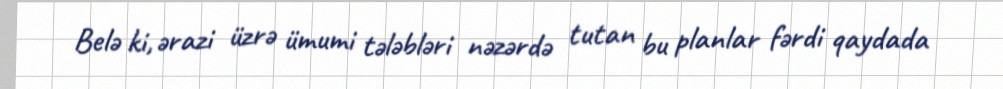
Belə ki, ərazi üzrə ümumi tələbləri nəzərdə tutan bu planlar fərdi qaydada